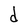
Character: d